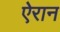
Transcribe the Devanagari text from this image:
ऐरान